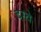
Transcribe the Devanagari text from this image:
दस्वे